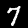
Label: 7